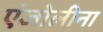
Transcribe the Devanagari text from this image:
एंजोलीना